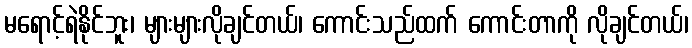
မရောင့်ရဲနိုင်ဘူး၊ များများလိုချင်တယ်၊ ကောင်းသည်ထက် ကောင်းတာကို လိုချင်တယ်၊